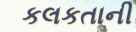
કલકતાની